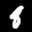
Label: 8